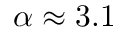
\alpha \approx 3 . 1